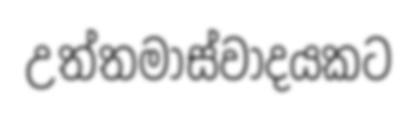
උත්තමාස්වාදයකට